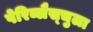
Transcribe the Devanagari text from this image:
पेरिब्लैस्चुला